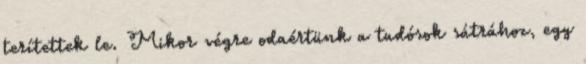
terítettek le. Mikor végre odaértünk a tudósok sátrához, egy